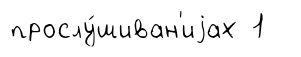
прослу́шиван'иjах 1